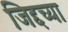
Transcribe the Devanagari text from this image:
जिद्दच्या